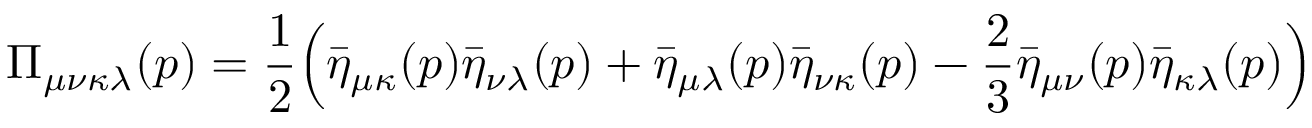
\Pi _ { \mu \nu \kappa \lambda } ( p ) = { \frac { 1 } { 2 } } { \Big ( } { \bar { \eta } } _ { \mu \kappa } ( p ) { \bar { \eta } } _ { \nu \lambda } ( p ) + { \bar { \eta } } _ { \mu \lambda } ( p ) { \bar { \eta } } _ { \nu \kappa } ( p ) - { \frac { 2 } { 3 } } { \bar { \eta } } _ { \mu \nu } ( p ) { \bar { \eta } } _ { \kappa \lambda } ( p ) { \Big ) }